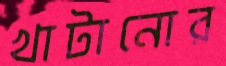
খাটানোর